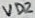
Text: VD2